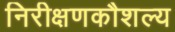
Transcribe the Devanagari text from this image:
निरीक्षणकौशल्य